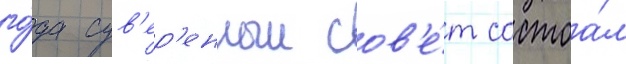
го́да сув'ер'енныи сов'е́т состоа́л